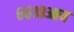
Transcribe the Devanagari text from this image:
६६१०आय